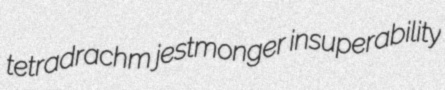
tetradrachm jestmonger insuperability